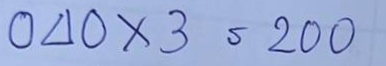
040 x 3 = 200